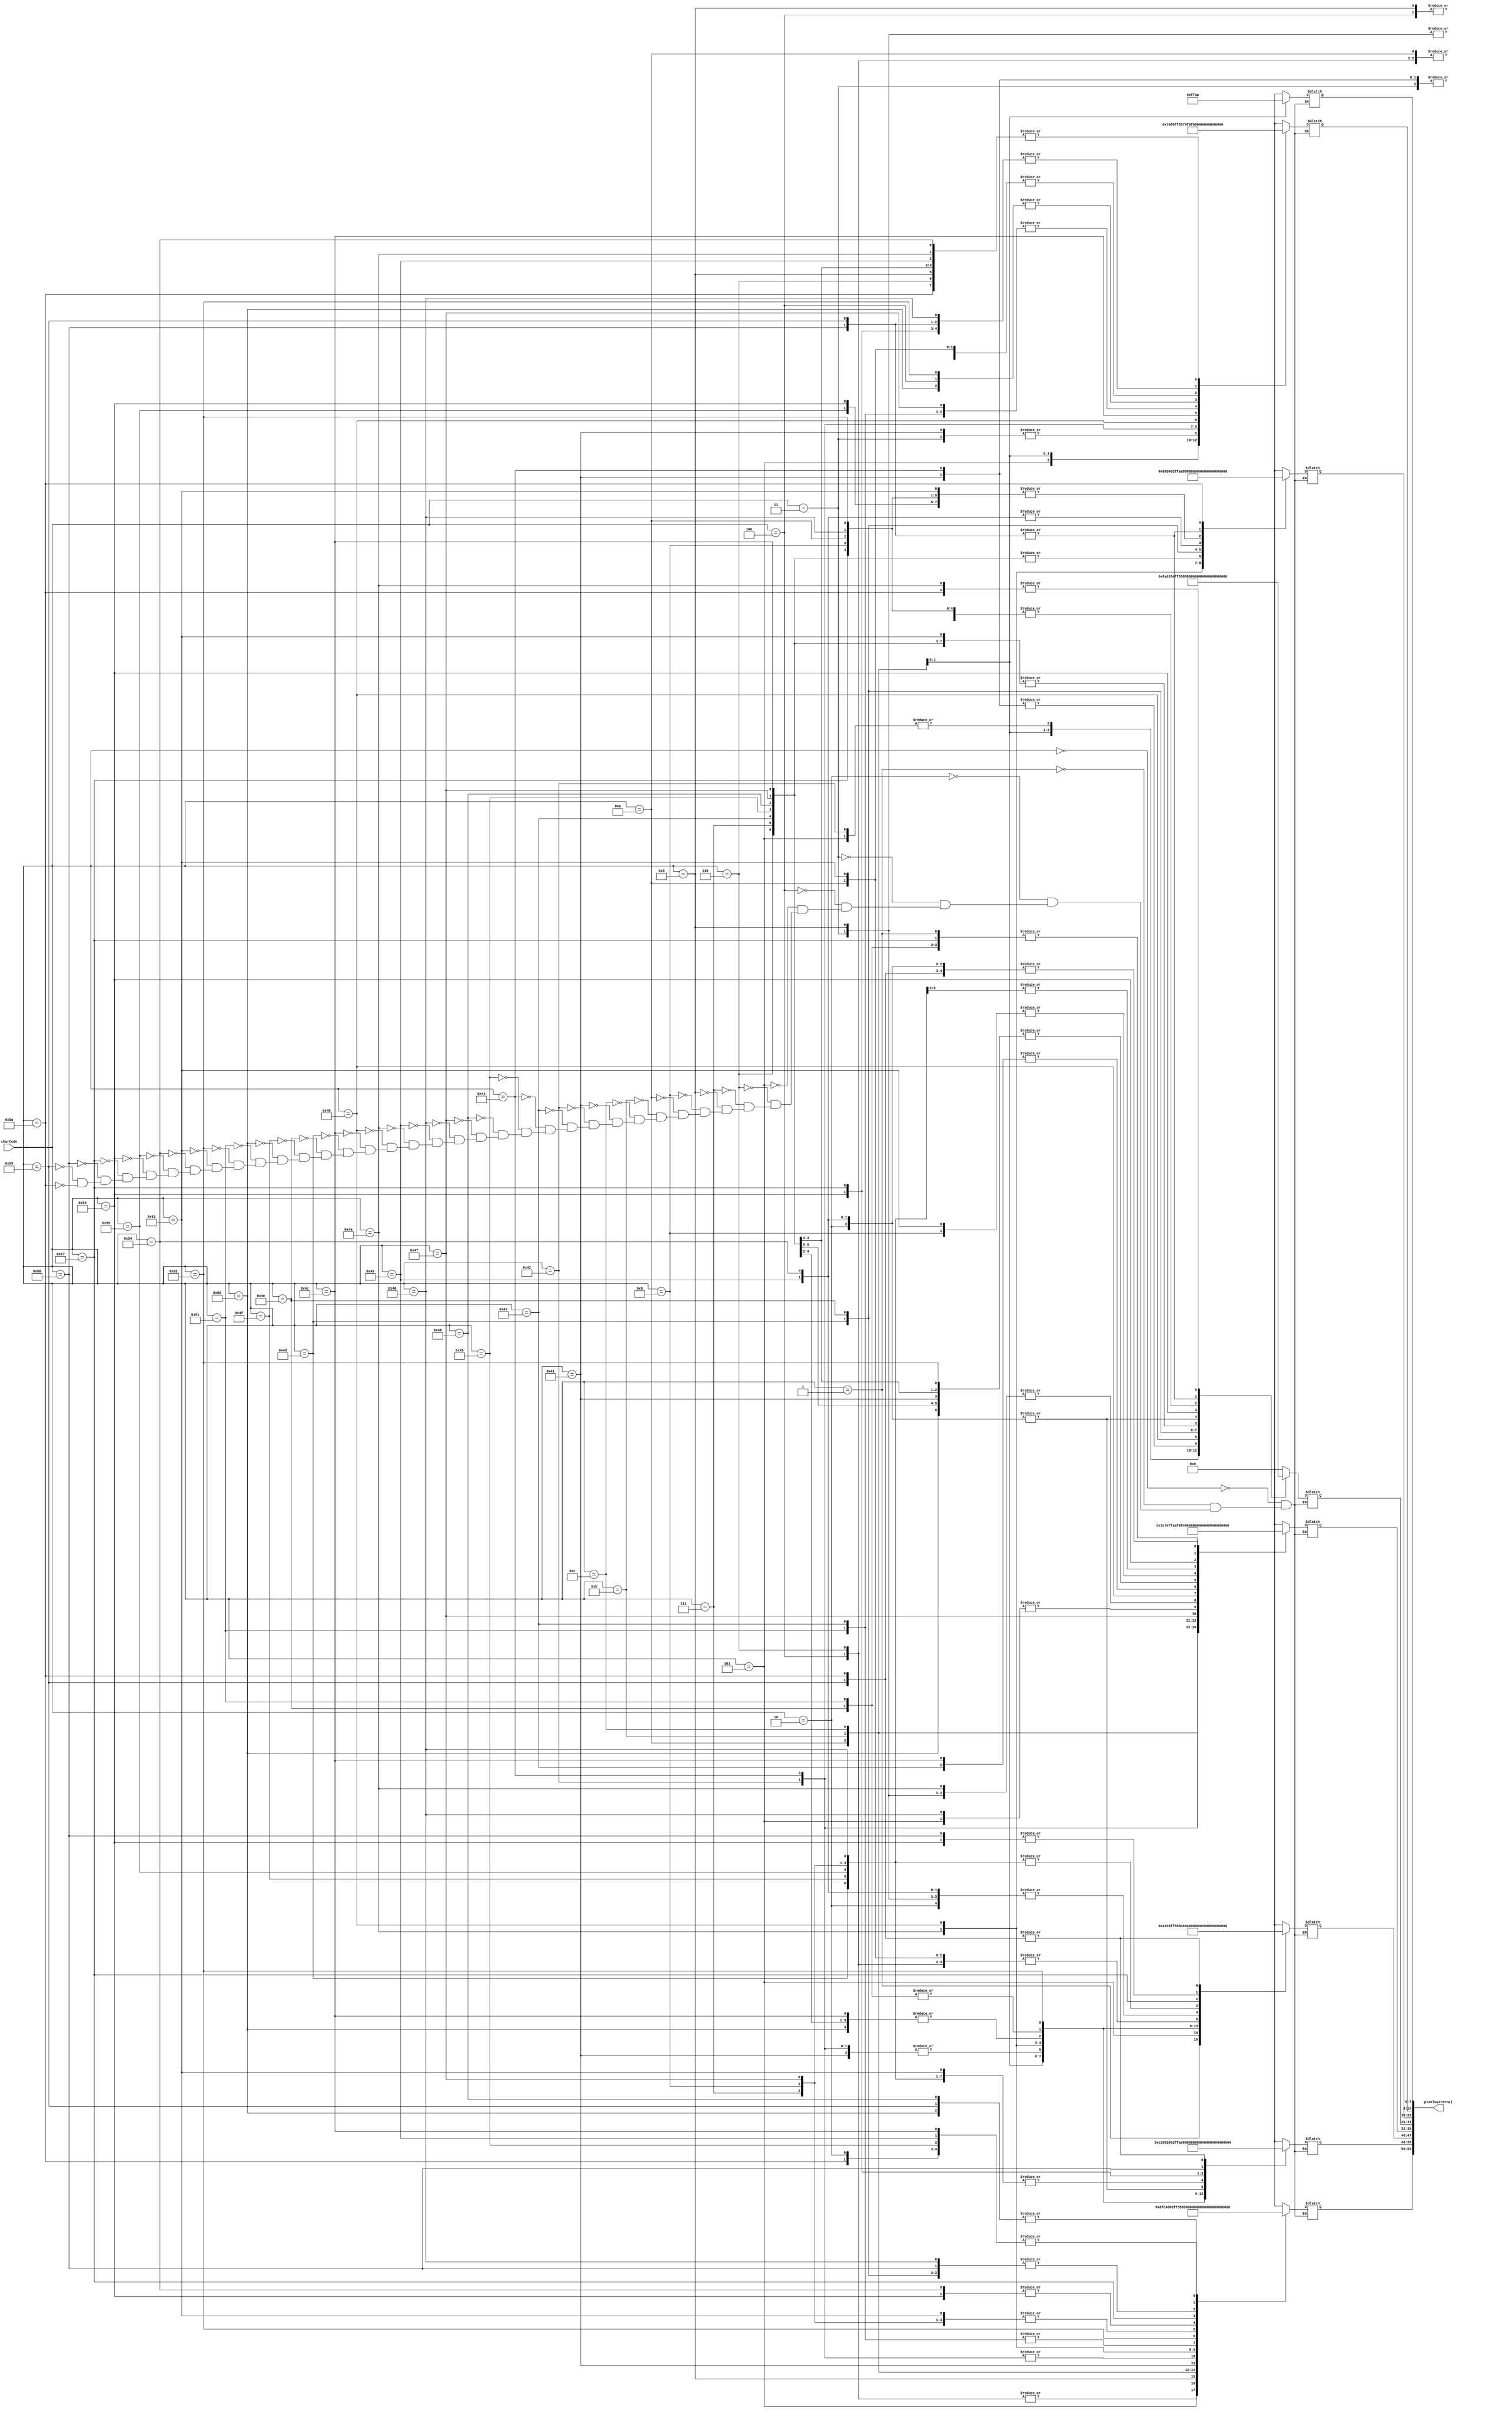
module textDecode(charCode, pixelsExternal);
	input[7:0] charCode;
	
	output[63:0] pixelsExternal;
	reg[7:0] pixels[7:0];
	
	assign pixelsExternal[7:0] = pixels[0];
	assign pixelsExternal[15:8] = pixels[1];
	assign pixelsExternal[23:16] = pixels[2];
	assign pixelsExternal[31:24] = pixels[3];
	assign pixelsExternal[39:32] = pixels[4];
	assign pixelsExternal[47:40] = pixels[5];
	assign pixelsExternal[55:48] = pixels[6];
	assign pixelsExternal[63:56] = pixels[7];
	
	always @* begin
		case(charCode[7:0])
			 0: begin //null char
				pixels[0] = 8'b00000000;
				pixels[1] = 8'b00000000;
				pixels[2] = 8'b00000000;
				pixels[3] = 8'b00000000;
				pixels[4] = 8'b00000000;
				pixels[5] = 8'b00000000;
				pixels[6] = 8'b00000000;
				pixels[7] = 8'b00000000;
			 end
			 1: begin //0
			 	pixels[0] = 8'b00000000;
				pixels[1] = 8'b01111100;
				pixels[2] = 8'b10000110;
				pixels[3] = 8'b10001010;
				pixels[4] = 8'b10010010;
				pixels[5] = 8'b10100010;
				pixels[6] = 8'b11000010;
				pixels[7] = 8'b01111100;
			 end
			 2: begin //1
			 	pixels[0] = 8'b00000000;
				pixels[1] = 8'b01110000;
				pixels[2] = 8'b01010000;
				pixels[3] = 8'b00010000;
				pixels[4] = 8'b00010000;
				pixels[5] = 8'b00010000;
				pixels[6] = 8'b00010000;
				pixels[7] = 8'b11111110;
			 end
			 3: begin//2
			 	pixels[0] = 8'b00000000;
				pixels[1] = 8'b01111000;
				pixels[2] = 8'b10000100;
				pixels[3] = 8'b00000100;
				pixels[4] = 8'b00001000;
				pixels[5] = 8'b00010000;
				pixels[6] = 8'b00100000;
				pixels[7] = 8'b01111100;
			 end
			 4: begin
				pixels[0] = 8'b00000000;
				pixels[1] = 8'b11111100;
				pixels[2] = 8'b00000010;
				pixels[3] = 8'b00000010;
				pixels[4] = 8'b00111100;
				pixels[5] = 8'b00000010;
				pixels[6] = 8'b00000010;
				pixels[7] = 8'b11111100;
			 end
			 5: begin
				pixels[0] = 8'b00000000;
				pixels[1] = 8'b10001000;
				pixels[2] = 8'b10001000;
				pixels[3] = 8'b10001000;
				pixels[4] = 8'b11111110;
				pixels[5] = 8'b00001000;
				pixels[6] = 8'b00001000;
				pixels[7] = 8'b00001000;
			 end
			 6: begin 
				pixels[0] = 8'b00000000;
				pixels[1] = 8'b11111110;
				pixels[2] = 8'b10000000;
				pixels[3] = 8'b10000000;
				pixels[4] = 8'b11111100;
				pixels[5] = 8'b00000010;
				pixels[6] = 8'b00000010;
				pixels[7] = 8'b11111100;
			 end
			 7: begin 
				pixels[0] = 8'b00000000;
				pixels[1] = 8'b01111100;
				pixels[2] = 8'b10000000;
				pixels[3] = 8'b10000000;
				pixels[4] = 8'b11111100;
				pixels[5] = 8'b10000010;
				pixels[6] = 8'b10000010;
				pixels[7] = 8'b01111100;
			 end
			 8: begin 
				pixels[0] = 8'b00000000;
				pixels[1] = 8'b11111110;
				pixels[2] = 8'b00000010;
				pixels[3] = 8'b00000100;
				pixels[4] = 8'b00001000;
				pixels[5] = 8'b00010000;
				pixels[6] = 8'b00100000;
				pixels[7] = 8'b01000000;
			 end
			 9: begin 
				pixels[0] = 8'b00000000;
				pixels[1] = 8'b01111100;
				pixels[2] = 8'b10000010;
				pixels[3] = 8'b10000010;
				pixels[4] = 8'b01111100;
				pixels[5] = 8'b10000010;
				pixels[6] = 8'b10000010;
				pixels[7] = 8'b01111100;
			 end
			 10: begin
				pixels[0] = 8'b00000000;
				pixels[1] = 8'b01111100;
				pixels[2] = 8'b10000010;
				pixels[3] = 8'b10000010;
				pixels[4] = 8'b01111110;
				pixels[5] = 8'b00000010;
				pixels[6] = 8'b00000010;
				pixels[7] = 8'b00000010;
			 end
			 11: begin //White char
				pixels[0] = 8'b11111111;
				pixels[1] = 8'b11111111;
				pixels[2] = 8'b11111111;
				pixels[3] = 8'b11111111;
				pixels[4] = 8'b11111111;
				pixels[5] = 8'b11111111;
				pixels[6] = 8'b11111111;
				pixels[7] = 8'b11111111;
			 end
			 12: begin //Chessboard char
				pixels[0] = 8'b10101010;
				pixels[1] = 8'b01010101;
				pixels[2] = 8'b10101010;
				pixels[3] = 8'b01010101;
				pixels[4] = 8'b10101010;
				pixels[5] = 8'b01010101;
				pixels[6] = 8'b10101010;
				pixels[7] = 8'b01010101;
			 end
			 65: begin
				pixels[0] = 8'b00000000;
				pixels[1] = 8'b01111000;
				pixels[2] = 8'b10000100;
				pixels[3] = 8'b10000100;
				pixels[4] = 8'b11111100;
				pixels[5] = 8'b10000100;
				pixels[6] = 8'b10000100;
				pixels[7] = 8'b10000100;
			 end
			 66: begin
				pixels[0] = 8'b00000000;
				pixels[1] = 8'b11110000;
				pixels[2] = 8'b10001000;
				pixels[3] = 8'b10001000;
				pixels[4] = 8'b11111000;
				pixels[5] = 8'b10000100;
				pixels[6] = 8'b10000100;
				pixels[7] = 8'b11111000;
			 end
			 67: begin
				pixels[0] = 8'b00000000;
				pixels[1] = 8'b01111110;
				pixels[2] = 8'b10000000;
				pixels[3] = 8'b10000000;
				pixels[4] = 8'b10000000;
				pixels[5] = 8'b10000000;
				pixels[6] = 8'b10000000;
				pixels[7] = 8'b01111110;
			 end
			 68: begin
				pixels[0] = 8'b00000000;
				pixels[1] = 8'b11111000;
				pixels[2] = 8'b10000100;
				pixels[3] = 8'b10000100;
				pixels[4] = 8'b10000100;
				pixels[5] = 8'b10000100;
				pixels[6] = 8'b10000100;
				pixels[7] = 8'b11111000;
			 end
			 69: begin
				pixels[0] = 8'b00000000;
				pixels[1] = 8'b11111110;
				pixels[2] = 8'b10000000;
				pixels[3] = 8'b10000000;
				pixels[4] = 8'b11111100;
				pixels[5] = 8'b10000000;
				pixels[6] = 8'b10000000;
				pixels[7] = 8'b11111110;
			 end
			 70: begin
				pixels[0] = 8'b00000000;
				pixels[1] = 8'b11111110;
				pixels[2] = 8'b10000000;
				pixels[3] = 8'b10000000;
				pixels[4] = 8'b11111100;
				pixels[5] = 8'b10000000;
				pixels[6] = 8'b10000000;
				pixels[7] = 8'b10000000;
			 end
			 71: begin
				pixels[0] = 8'b00000000;
				pixels[1] = 8'b01111110;
				pixels[2] = 8'b10000000;
				pixels[3] = 8'b10000000;
				pixels[4] = 8'b10000110;
				pixels[5] = 8'b10000010;
				pixels[6] = 8'b10000010;
				pixels[7] = 8'b01111100;
			 end
			 72: begin
				pixels[0] = 8'b00000000;
				pixels[1] = 8'b10000010;
				pixels[2] = 8'b10000010;
				pixels[3] = 8'b10000010;
				pixels[4] = 8'b11111110;
				pixels[5] = 8'b10000010;
				pixels[6] = 8'b10000010;
				pixels[7] = 8'b10000010;
			 end
			 73: begin
				pixels[0] = 8'b00000000;
				pixels[1] = 8'b11111110;
				pixels[2] = 8'b00010000;
				pixels[3] = 8'b00010000;
				pixels[4] = 8'b00010000;
				pixels[5] = 8'b00010000;
				pixels[6] = 8'b00010000;
				pixels[7] = 8'b11111110;
			 end
			 74: begin
				pixels[0] = 8'b00000000;
				pixels[1] = 8'b11111110;
				pixels[2] = 8'b00001000;
				pixels[3] = 8'b00001000;
				pixels[4] = 8'b00001000;
				pixels[5] = 8'b10001000;
				pixels[6] = 8'b10001000;
				pixels[7] = 8'b01110000;
			 end
			 75: begin
				pixels[0] = 8'b00000000;
				pixels[1] = 8'b10010000;
				pixels[2] = 8'b10100000;
				pixels[3] = 8'b11000000;
				pixels[4] = 8'b11000000;
				pixels[5] = 8'b10100000;
				pixels[6] = 8'b10010000;
				pixels[7] = 8'b10001000;
			 end
			 76: begin
				pixels[0] = 8'b00000000;
				pixels[1] = 8'b10000000;
				pixels[2] = 8'b10000000;
				pixels[3] = 8'b10000000;
				pixels[4] = 8'b10000000;
				pixels[5] = 8'b10000000;
				pixels[6] = 8'b10000000;
				pixels[7] = 8'b11111110;
			 end
			 77: begin
				pixels[0] = 8'b00000000;
				pixels[1] = 8'b10000010;
				pixels[2] = 8'b11000110;
				pixels[3] = 8'b10101010;
				pixels[4] = 8'b10010010;
				pixels[5] = 8'b10000010;
				pixels[6] = 8'b10000010;
				pixels[7] = 8'b10000010;
			 end
			 78: begin
				pixels[0] = 8'b00000000;
				pixels[1] = 8'b10000010;
				pixels[2] = 8'b11000010;
				pixels[3] = 8'b10100010;
				pixels[4] = 8'b10010010;
				pixels[5] = 8'b10001010;
				pixels[6] = 8'b10000110;
				pixels[7] = 8'b10000010;
			 end
			 79: begin
				pixels[0] = 8'b00000000;
				pixels[1] = 8'b01111100;
				pixels[2] = 8'b10000010;
				pixels[3] = 8'b10000010;
				pixels[4] = 8'b10000010;
				pixels[5] = 8'b10000010;
				pixels[6] = 8'b10000010;
				pixels[7] = 8'b01111100;
			 end
			 80: begin
				pixels[0] = 8'b00000000;
				pixels[1] = 8'b11111100;
				pixels[2] = 8'b10000010;
				pixels[3] = 8'b10000010;
				pixels[4] = 8'b11111100;
				pixels[5] = 8'b10000000;
				pixels[6] = 8'b10000000;
				pixels[7] = 8'b10000000;
			 end
			 81: begin
				pixels[0] = 8'b00000000;
				pixels[1] = 8'b01111110;
				pixels[2] = 8'b10000010;
				pixels[3] = 8'b10000010;
				pixels[4] = 8'b10010010;
				pixels[5] = 8'b10001010;
				pixels[6] = 8'b10000110;
				pixels[7] = 8'b01111110;
			 end
			 82: begin
				pixels[0] = 8'b00000000;
				pixels[1] = 8'b11111100;
				pixels[2] = 8'b10000010;
				pixels[3] = 8'b10000010;
				pixels[4] = 8'b11111100;
				pixels[5] = 8'b10011000;
				pixels[6] = 8'b10001100;
				pixels[7] = 8'b10000110;
			 end
			 83: begin
				pixels[0] = 8'b00000000;
				pixels[1] = 8'b01111100;
				pixels[2] = 8'b10000010;
				pixels[3] = 8'b10000000;
				pixels[4] = 8'b01111100;
				pixels[5] = 8'b00000010;
				pixels[6] = 8'b10000010;
				pixels[7] = 8'b01111100;
			 end
			 84: begin
				pixels[0] = 8'b00000000;
				pixels[1] = 8'b11111110;
				pixels[2] = 8'b00010000;
				pixels[3] = 8'b00010000;
				pixels[4] = 8'b00010000;
				pixels[5] = 8'b00010000;
				pixels[6] = 8'b00010000;
				pixels[7] = 8'b00010000;
			 end
			 85: begin
				pixels[0] = 8'b00000000;
				pixels[1] = 8'b10000010;
				pixels[2] = 8'b10000010;
				pixels[3] = 8'b10000010;
				pixels[4] = 8'b10000010;
				pixels[5] = 8'b10000010;
				pixels[6] = 8'b10000010;
				pixels[7] = 8'b11111110;
			 end
			 86: begin
				pixels[0] = 8'b00000000;
				pixels[1] = 8'b10000010;
				pixels[2] = 8'b10000010;
				pixels[3] = 8'b01000100;
				pixels[4] = 8'b01000100;
				pixels[5] = 8'b00101000;
				pixels[6] = 8'b00101000;
				pixels[7] = 8'b00010000;
			 end
			 87: begin
				pixels[0] = 8'b00000000;
				pixels[1] = 8'b10000010;
				pixels[2] = 8'b10000010;
				pixels[3] = 8'b10000010;
				pixels[4] = 8'b10010010;
				pixels[5] = 8'b01010100;
				pixels[6] = 8'b01010100;
				pixels[7] = 8'b00101000;
			 end
			 88: begin
				pixels[0] = 8'b00000000;
				pixels[1] = 8'b10000010;
				pixels[2] = 8'b01000100;
				pixels[3] = 8'b00101000;
				pixels[4] = 8'b00010000;
				pixels[5] = 8'b00101000;
				pixels[6] = 8'b01000100;
				pixels[7] = 8'b10000010;
			 end
			 89: begin
				pixels[0] = 8'b00000000;
				pixels[1] = 8'b10000010;
				pixels[2] = 8'b01000100;
				pixels[3] = 8'b00101000;
				pixels[4] = 8'b00010000;
				pixels[5] = 8'b00100000;
				pixels[6] = 8'b01000000;
				pixels[7] = 8'b10000000;
			 end
			 90: begin
				pixels[0] = 8'b00000000;
				pixels[1] = 8'b11111110;
				pixels[2] = 8'b00000100;
				pixels[3] = 8'b00001000;
				pixels[4] = 8'b00010000;
				pixels[5] = 8'b00100000;
				pixels[6] = 8'b01000000;
				pixels[7] = 8'b11111110;
			 end
		endcase
	end
	
endmodule